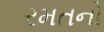
રમતનો